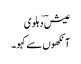
عیش ؔدہلوی
آنکھوں سے کہو ۔